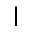
\mid